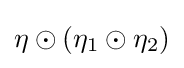
\eta \odot (\eta _{1}\odot \eta _{2})